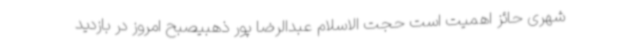
شهری حائز اهمیت است حجت الاسلام عبدالرضا پور ذهبیصبح امروز در بازدید